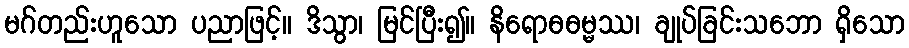
မဂ်တည်းဟူသော ပညာဖြင့်။ ဒိသွာ၊ မြင်ပြီး၍။ နိရောဓဓမ္မဿ၊ ချုပ်ခြင်းသဘော ရှိသော